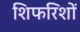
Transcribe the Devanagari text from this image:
शिफरिशों